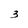
Character: 3